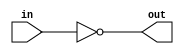
module bt (/*AUTOARG*/
           // Outputs
           out,
           // Inputs
           in
           );
   input [7:0]  in;
   output [7:0] out;
   
   wire [7:0]   out = ~in;
endmodule